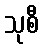
သုစီ